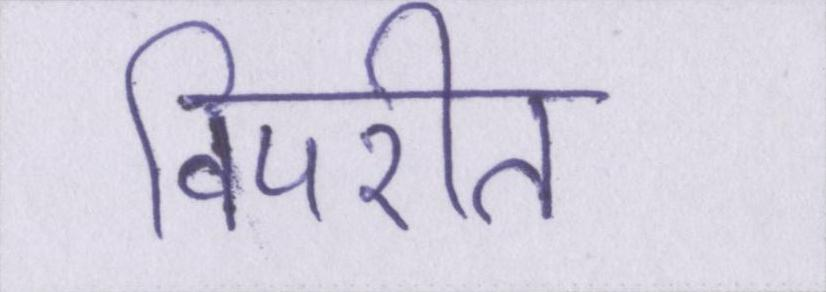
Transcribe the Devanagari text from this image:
विपरीत